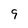
Character: 9